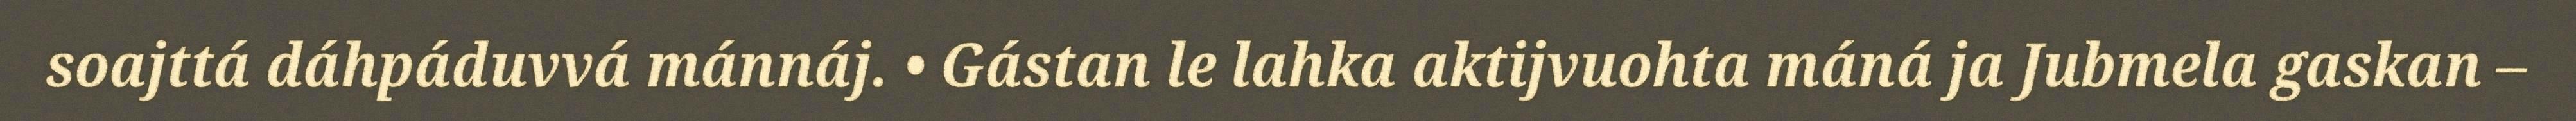
soajttá dáhpáduvvá mánnáj. • Gástan le lahka aktijvuohta máná ja Jubmela gaskan –